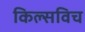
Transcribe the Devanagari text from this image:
किल्सविच